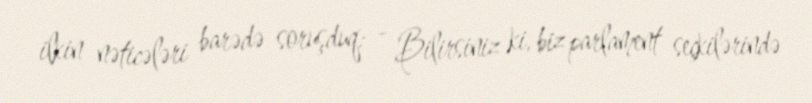
ilkin nəticələri barədə soruşduq: - Bilirsiniz ki, biz parlament seçkilərində